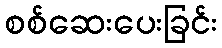
စစ်ဆေးပေးခြင်း